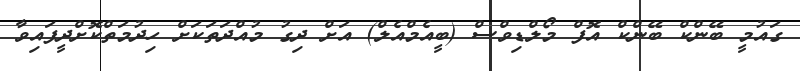
ގައުމީ ބޭންކް ބޭންކް އޮފް މޯލްޑިވްސް (ބީއެމްއެލް) އަށް ދިގު މުއްދަތަކަށް ހިދުމަތްކޮށްދީފައިވާ